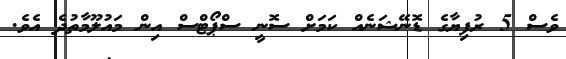
ވެސް 5 ރުފިޔާގެ ޑޮނޭޝަނެއް ކަމަށް ސޮނީ ސްޕޯޓްސް އިން މައުލޫމާތުދެ އެވެ.